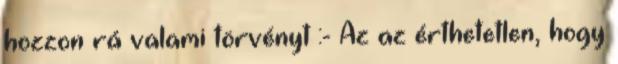
hozzon rá valami törvényt :- Az az érthetetlen, hogy